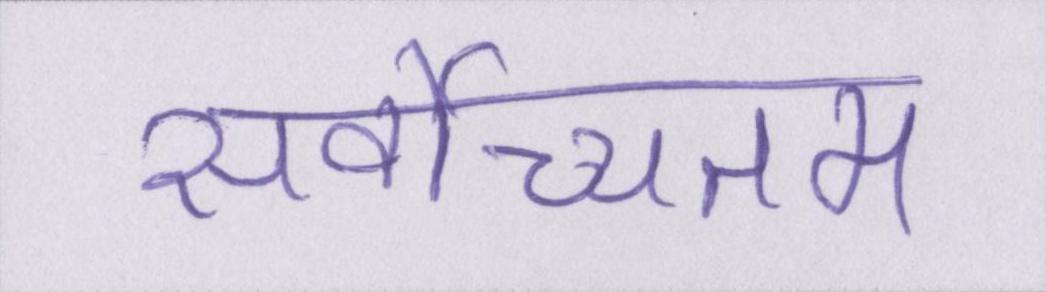
सर्वोच्चतम